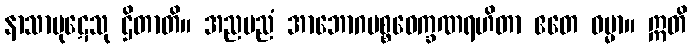
နာသာပုဋေသု ဌိတာတိ။ အညမညံ အာဘောဂပစ္စဝေက္ခဏရဟိတာ ဧတေ ဓမ္မာ။ ဣတိ